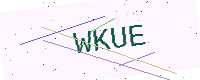
Text: WKUE